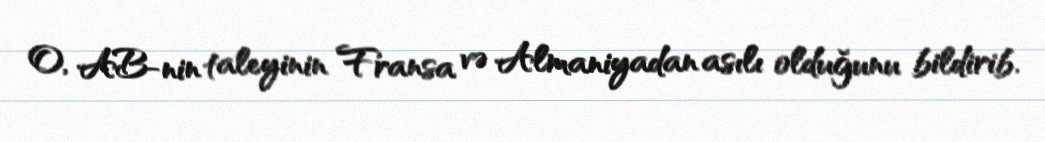
O, AB-nin taleyinin Fransa və Almaniyadan asılı olduğunu bildirib.